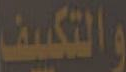
والتكييف